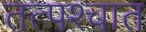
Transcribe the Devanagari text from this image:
तत्‍पश्‍चात